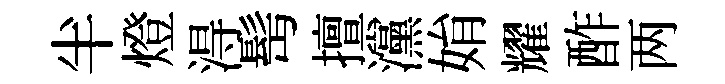
半燈淂髩擅灙姢耀酢两